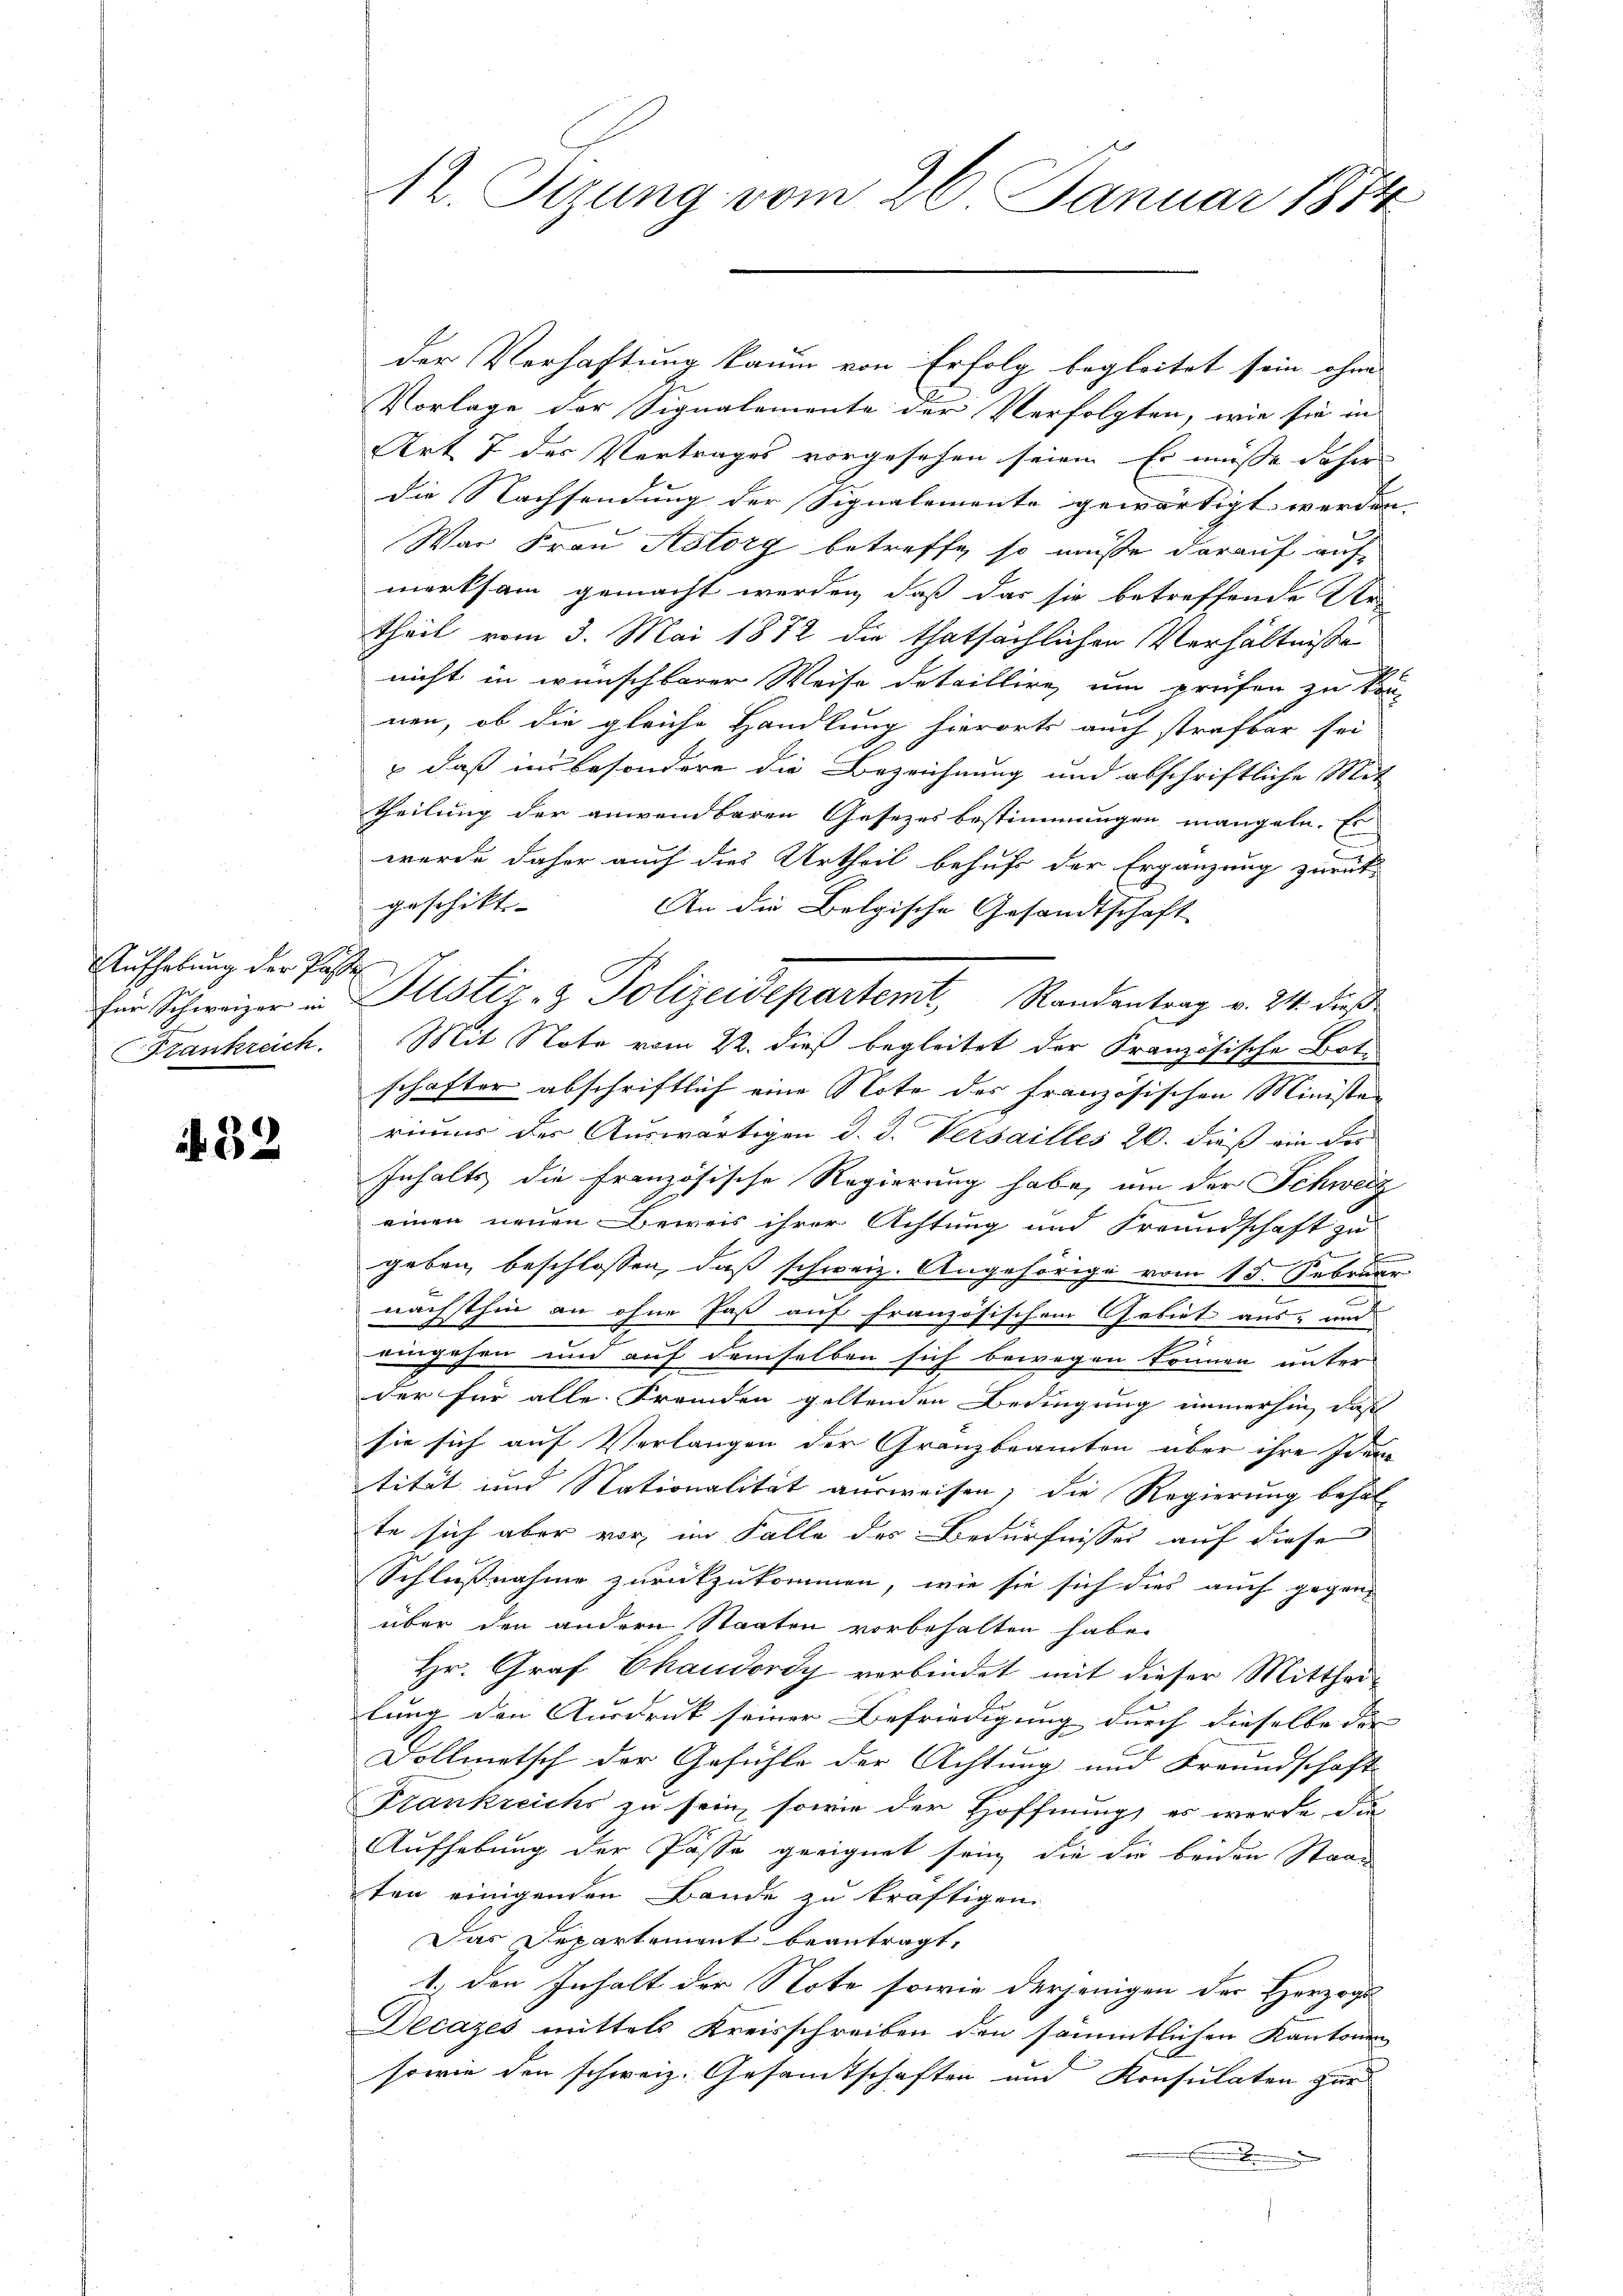
Aufhebung der Past
Krankreich.

32

12. Sizung vom 26. Januar 1884

der Verhaftung kaum von Erfolg begleitet sein ohne
Vorlage der Signalemente der Verfolgten, wie sie in
Art 7 der Vertrages vorgesehen seien. Er müsse daher |
die Nachsendung der Signalemente gewärtigt werden |
War Frau Aslorg betreffe, so müsse darauf auf
merksam gemacht werden, daß das sie betreffende Ur-
Theil vom 3. Mai 1872 die thatsächlichen Verhältnisse
nicht in wünschbarer Weise detaillire, um prüfen zu kön-
nen, ob die gleiche Handlung hierorts auch strafbar sei
 daß in besondere die Bezeichnung und abschriftliche Mit
theilung der anwendbaren Gesezes bestimmungen mangeln. Es
wurde daher auch dies Urtheil behufs der Ergänzung zurück-
geschikt-
An die Belgische Gesandtschaft
Mit Note vom 22. dieß begleitet der Französische Bote
schafter abschriftlich eine Note des französischen Ministen
rium der Auswärtigen d. J. Versailles 20. dieß ein der
Inhalts die Französische Regierung habe, um der Schweiz
einen neuen Beweis ihrer Achtung und Freundschaft zu

geben, beschlossen, daß schweiz. Angehörige vom 15. Februar
.
nächsthin an ohne Paß auf französischem Gebiet aus- und
2
uingehen und auf demselben sich bewegen können unter
der für alle Fremden geltenden Bedingung immerhin, das
sie sich auf Verlangen der Gränzbeamten über ihre Idantität und Nationalität ausweisen; die Regierung behal
te sich aber vor, im Falle des Bedürfnisses auf diese
Schlußnahme zurückzukommen, wie sie sich dies auch gegen-
über den andern Staaten vorbehalten habe.
Hr. Graf Chaudoroy verbindet mit dieser Mittheilung den Ausdruck seiner Befriedigung durch dieselbe der |
Dollmetsch der Gefühle der Achtung und Freundschaft
Frankreichs zu sein, sowie der Hoffnung, es werde die
Aufhebung der Pässe geeignet sein, die die beiden Staad
ten einigenden Bande zu kräftigen.
Das Departement beantragt.
1., den Inhalt der Note sowie derjenigen der Herzogs
Decazes mittels Kreisschreiben den sämmtlichen Kantonen
sowie den schweiz. Gesamtschaften und Konsulaten zur
.

Ein Schweizer in Zustiz- & Polizeidepartemt, Standentrag v. 24. dieß